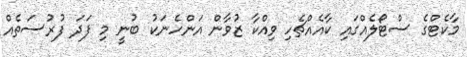
މާކެޓްގެ ސްޓޯލެއްގައި ކާއެއްޗެހި ވިއްކާ ޒުވާން އަންހެނަކު ބުނީ މި ފަދަ ފުރުސަތެއް